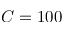
C = 1 0 0